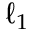
\ell _ { 1 }